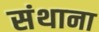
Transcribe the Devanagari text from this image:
संथाना